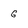
Character: g